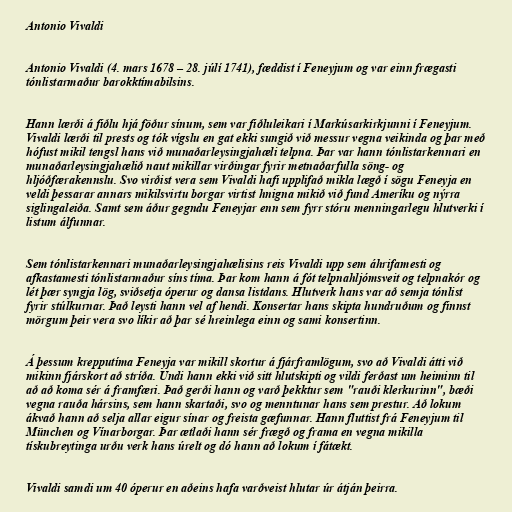
Antonio Vivaldi

Antonio Vivaldi (4. mars 1678 – 28. júlí 1741), fæddist í Feneyjum og var einn frægasti
tónlistarmaður barokktímabilsins.

Hann lærði á fiðlu hjá föður sínum, sem var fiðluleikari í Markúsarkirkjunni í Feneyjum.
Vivaldi lærði til prests og tók vígslu en gat ekki sungið við messur vegna veikinda og þar með
hófust mikil tengsl hans við munaðarleysingjahæli telpna. Þar var hann tónlistarkennari en
munaðarleysingjahælið naut mikillar virðingar fyrir metnaðarfulla söng- og
hljóðfærakennslu. Svo virðist vera sem Vivaldi hafi upplifað mikla lægð í sögu Feneyja en
veldi þessarar annars mikilsvirtu borgar virtist hnigna mikið við fund Ameríku og nýrra
siglingaleiða. Samt sem áður gegndu Feneyjar enn sem fyrr stóru menningarlegu hlutverki í
listum álfunnar.

Sem tónlistarkennari munaðarleysingjahælisins reis Vivaldi upp sem áhrifamesti og
afkastamesti tónlistarmaður síns tíma. Þar kom hann á fót telpnahljómsveit og telpnakór og
lét þær syngja lög, sviðsetja óperur og dansa listdans. Hlutverk hans var að semja tónlist
fyrir stúlkurnar. Það leysti hann vel af hendi. Konsertar hans skipta hundruðum og finnst
mörgum þeir vera svo líkir að þar sé hreinlega einn og sami konsertinn.

Á þessum krepputíma Feneyja var mikill skortur á fjárframlögum, svo að Vivaldi átti við
mikinn fjárskort að stríða. Undi hann ekki við sitt hlutskipti og vildi ferðast um heiminn til
að að koma sér á framfæri. Það gerði hann og varð þekktur sem "rauði klerkurinn", bæði
vegna rauða hársins, sem hann skartaði, svo og menntunar hans sem prestur. Að lokum
ákvað hann að selja allar eigur sínar og freista gæfunnar. Hann fluttist frá Feneyjum til
München og Vínarborgar. Þar ætlaði hann sér frægð og frama en vegna mikilla
tískubreytinga urðu verk hans úrelt og dó hann að lokum í fátækt.

Vivaldi samdi um 40 óperur en aðeins hafa varðveist hlutar úr átján þeirra.